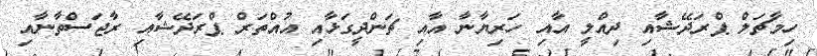
ހިމާޗަލް ޕްރަދޭޝާއި ދިއްލީ އާއި ހަރިޔާނާ އާއި ޗަންދީގަޅާއި އުއްތަރް ޕްރަދޭޝާއި ރާޖަސްތާނާއި